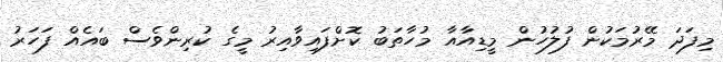
މިފަދަ މޭރުމަކުން ފުލުހުން މީޑިއާއާ މުހާތަބު ކޮށްފައިވާއިރު މީގެ ކުރިންވެސް ބައެއް ފަހަރު